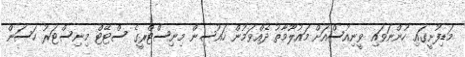
މަޑިފުށީގައި ހުންނަވައި ވީނިއުސްއަށް މައުލޫމާތު ދެއްވަމުން ހައުސިން މިނިސްޓްރީގެ ސްޓޭޓް މިނިސްޓަރު ހަސަން